Vaccination in Burma 1889-1999 - 1889-1999
Year: 1889
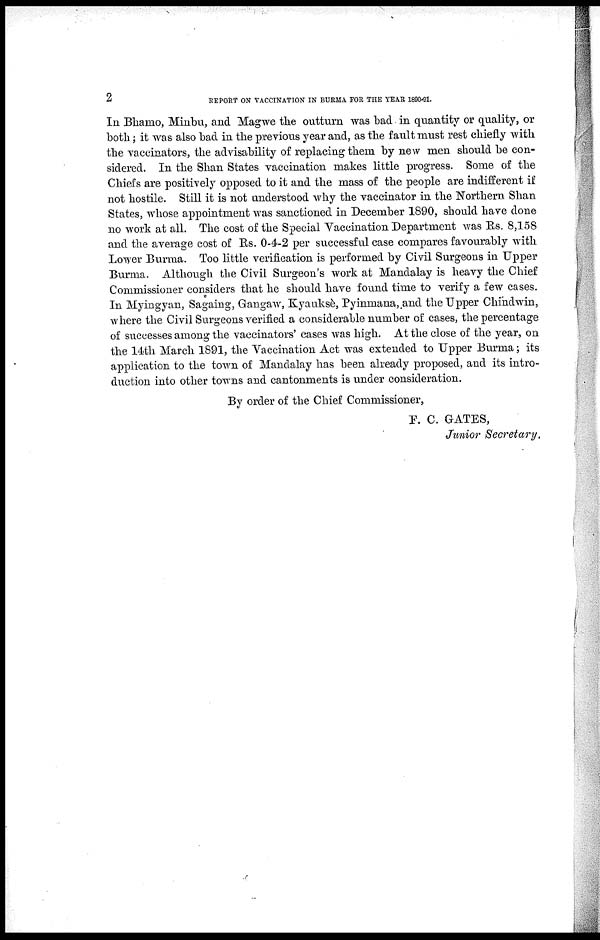
2
REPORT ON VACCINATION IN BURMA FOR THE YEAR 1890-91.
In Bhamo, Minbu, and Magwe the outturn was "bad in quantity or quality, or
both; it was also bad in the previous year and, as the fault must rest chiefly with
the vaccinators, the advisability of replacing them by new men should be con-
sidered. In the Shan States vaccination makes little progress. Some of the
Chiefs are positively opposed to it and the mass of the people are indifferent if
not hostile. Still it is not understood why the vaccinator in the Northern Shan
States, whose appointment was sanctioned in December 1890, should have done
no work at all. The cost of the Special Vaccination Department was Rs. 8,158
and the average cost of Rs. 0-4-2 per successful case compares favourably with
Lower Burma. Too little verification is performed by Civil Surgeons in Upper
Burma. Although the Civil Surgeon's work at Mandalay is heavy the Chief
Commissioner considers that he should have found time to verify a few cases.
In Myingyan, Sagaing, Gangaw, Kyauksè, Pyinmana, and the Upper Chinhdwin,
where the Civil Surgeons verified a considerable number of cases, the percentage
of successes among the vaccinators' cases was high. At the close of the year, on
the 14th March 1891, the Vaccination Act was extended to Upper Burma; its
application to the town of Mandalay has been already proposed, and its intro-
duction into other towns and cantonments is under consideration.
By order of the Chief Commissioner,
F. C. GATES,
Junior Secretary.